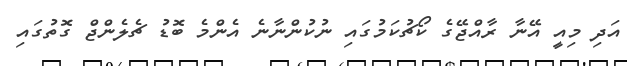
އަދި މިއީ އޭނާ ރާއްޖޭގެ ކޯޗުކަމުގައި ނުކުންނާނެ އެންމެ ބޮޑު ޗެލެންޖް ގޮތުގައި